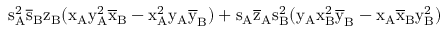
\mathrm { s _ { A } ^ { 2 } \mathrm { \overline { { s } } _ { B } \mathrm { z _ { B } ( \mathrm { x _ { A } \mathrm { y _ { A } ^ { 2 } \mathrm { \overline { { x } } _ { B } - \mathrm { x _ { A } ^ { 2 } \mathrm { y _ { A } \mathrm { \overline { { y } } _ { B } ) + \mathrm { s _ { A } \mathrm { \overline { { z } } _ { A } \mathrm { s _ { B } ^ { 2 } ( \mathrm { y _ { A } \mathrm { x _ { B } ^ { 2 } \mathrm { \overline { { y } } _ { B } - \mathrm { x _ { A } \mathrm { \overline { { x } } _ { B } \mathrm { y _ { B } ^ { 2 } ) } } } } } } } } } } } } } } } } } }